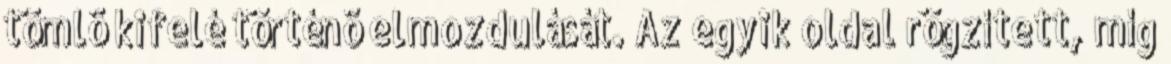
tömlõ kifelé történõ elmozdulását. Az egyik oldal rögzített, míg